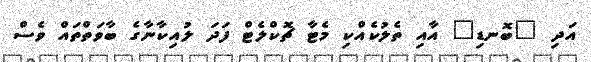
އަދި "ބޮނޑި" އާއި ތެލުކެއްކި މެޓާ ޗޮކްލެޓް ފަދަ ލުއިކާނާގެ ބާވަތްތައް ވެސް